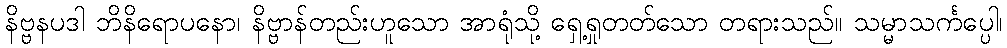
နိဗ္ဗနပဒါ ဘိနိရောပနော၊ နိဗ္ဗာန်တည်းဟူသော အာရုံသို့ ရှေ့ရှုတတ်သော တရားသည်။ သမ္မာသင်္ကပ္ပေါ၊